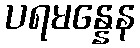
ပရမန္နေန